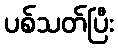
ပစ်သတ်ပြီး